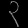
Digit: ၃